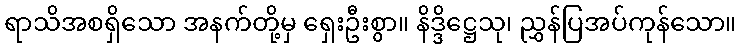
ရာသိအစရှိသော အနက်တို့မှ ရှေးဦးစွာ။ နိဒ္ဒိဋ္ဌေသု၊ ညွှန်ပြအပ်ကုန်သော။